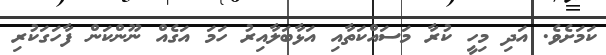
ކަމަށެވެ. އަދި މިހީ ކުރާ މަސައްކަތާއި އަޅާބަލާއިރު ހަމަ އަގެއް ނޫންކަން ފާހަގަކުރި